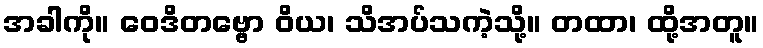
အခါကို။ ဝေဒိတဗ္ဗော ဝိယ၊ သိအပ်သကဲ့သို့။ တထာ၊ ထို့အတူ။